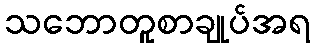
သဘောတူစာချုပ်အရ